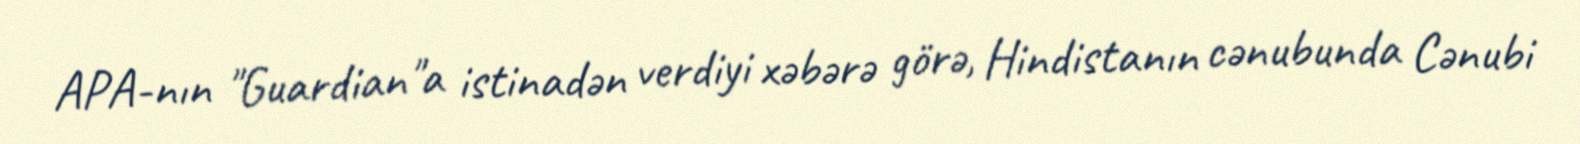
APA-nın "Guardian"a istinadən verdiyi xəbərə görə, Hindistanın cənubunda Cənubi